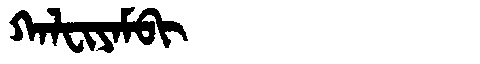
Manchu: ᡴᠠᠯᠸᡳᠶᠠᠮᠪᡳ
Romanization: KALFIYAMBI